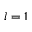
l = 1